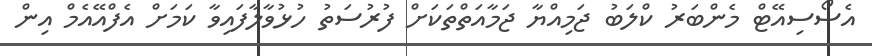
އެސޯސިއޭޓް މެންބަރު ކްލަބު ޖަމިއްޔާ ޖަމާއަތްތަކަށް ފުރުސަތު ހުޅުވާލާފައިވާ ކަމަށް އެފްއޭއެމް އިން